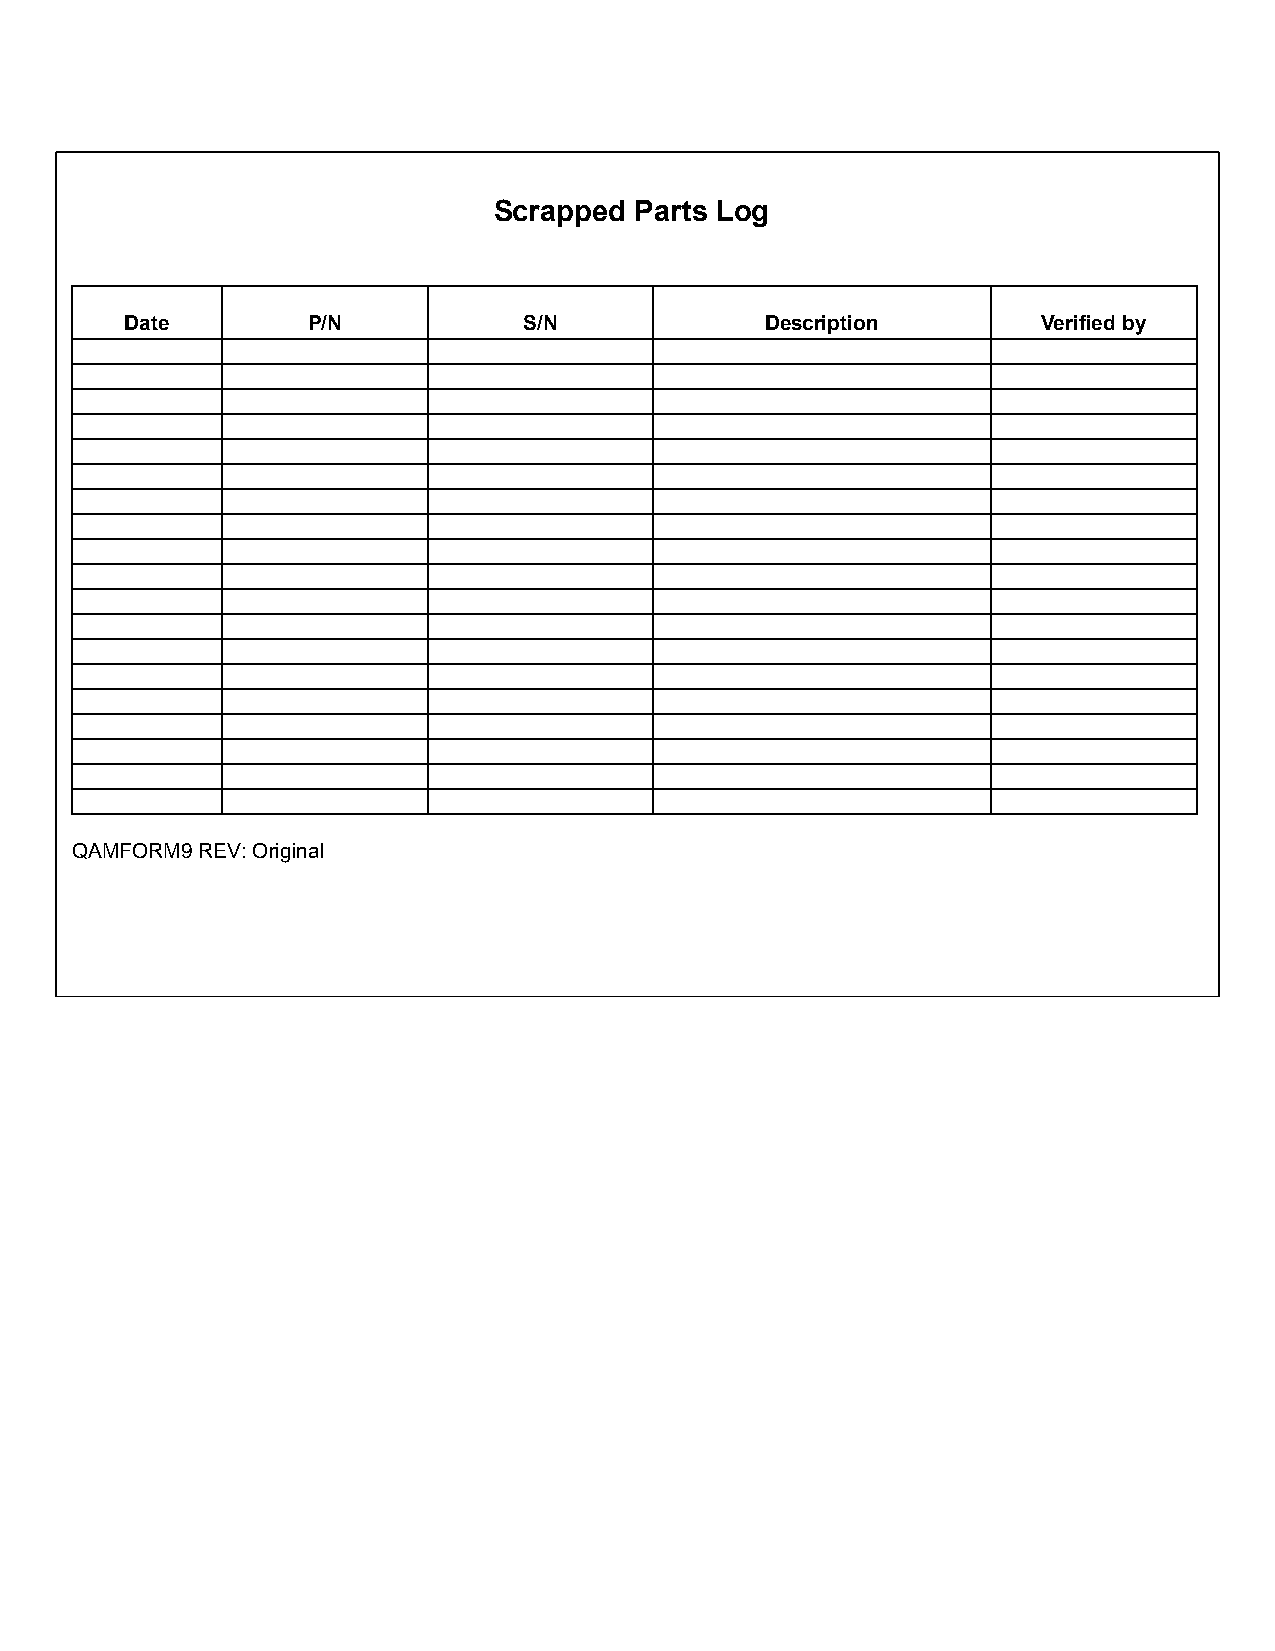
Scrapped Parts Log
 Date        P/N            S/N             Description       Verified by
 QAMFORM9 REV: Original